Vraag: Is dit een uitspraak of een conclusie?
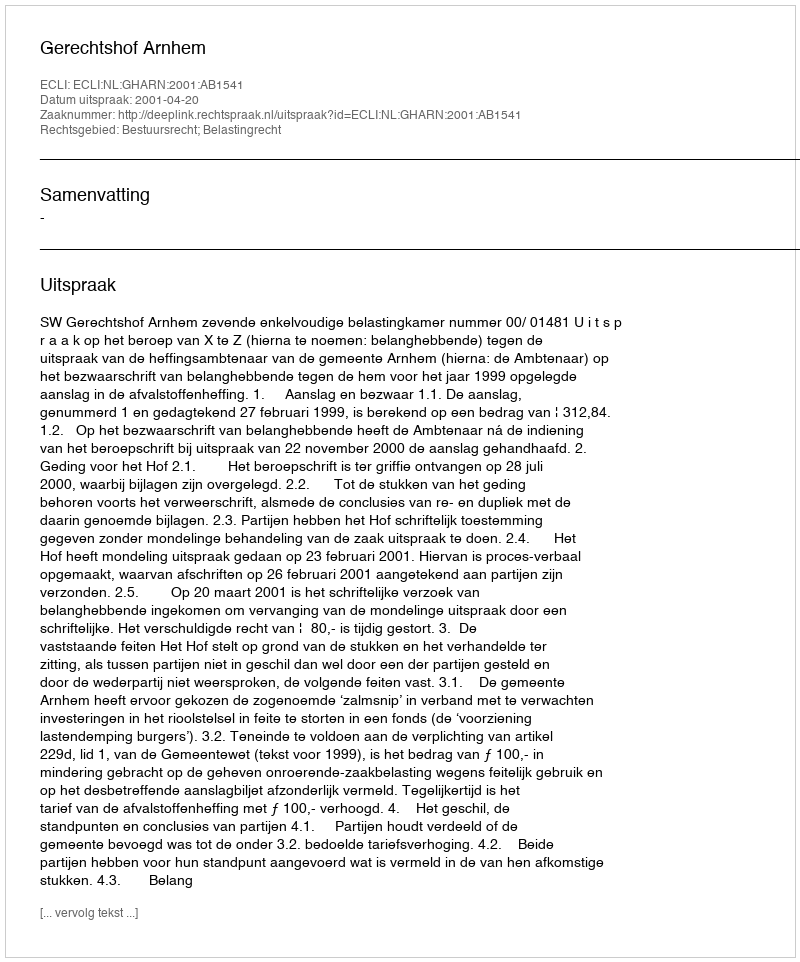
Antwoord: Uitspraak